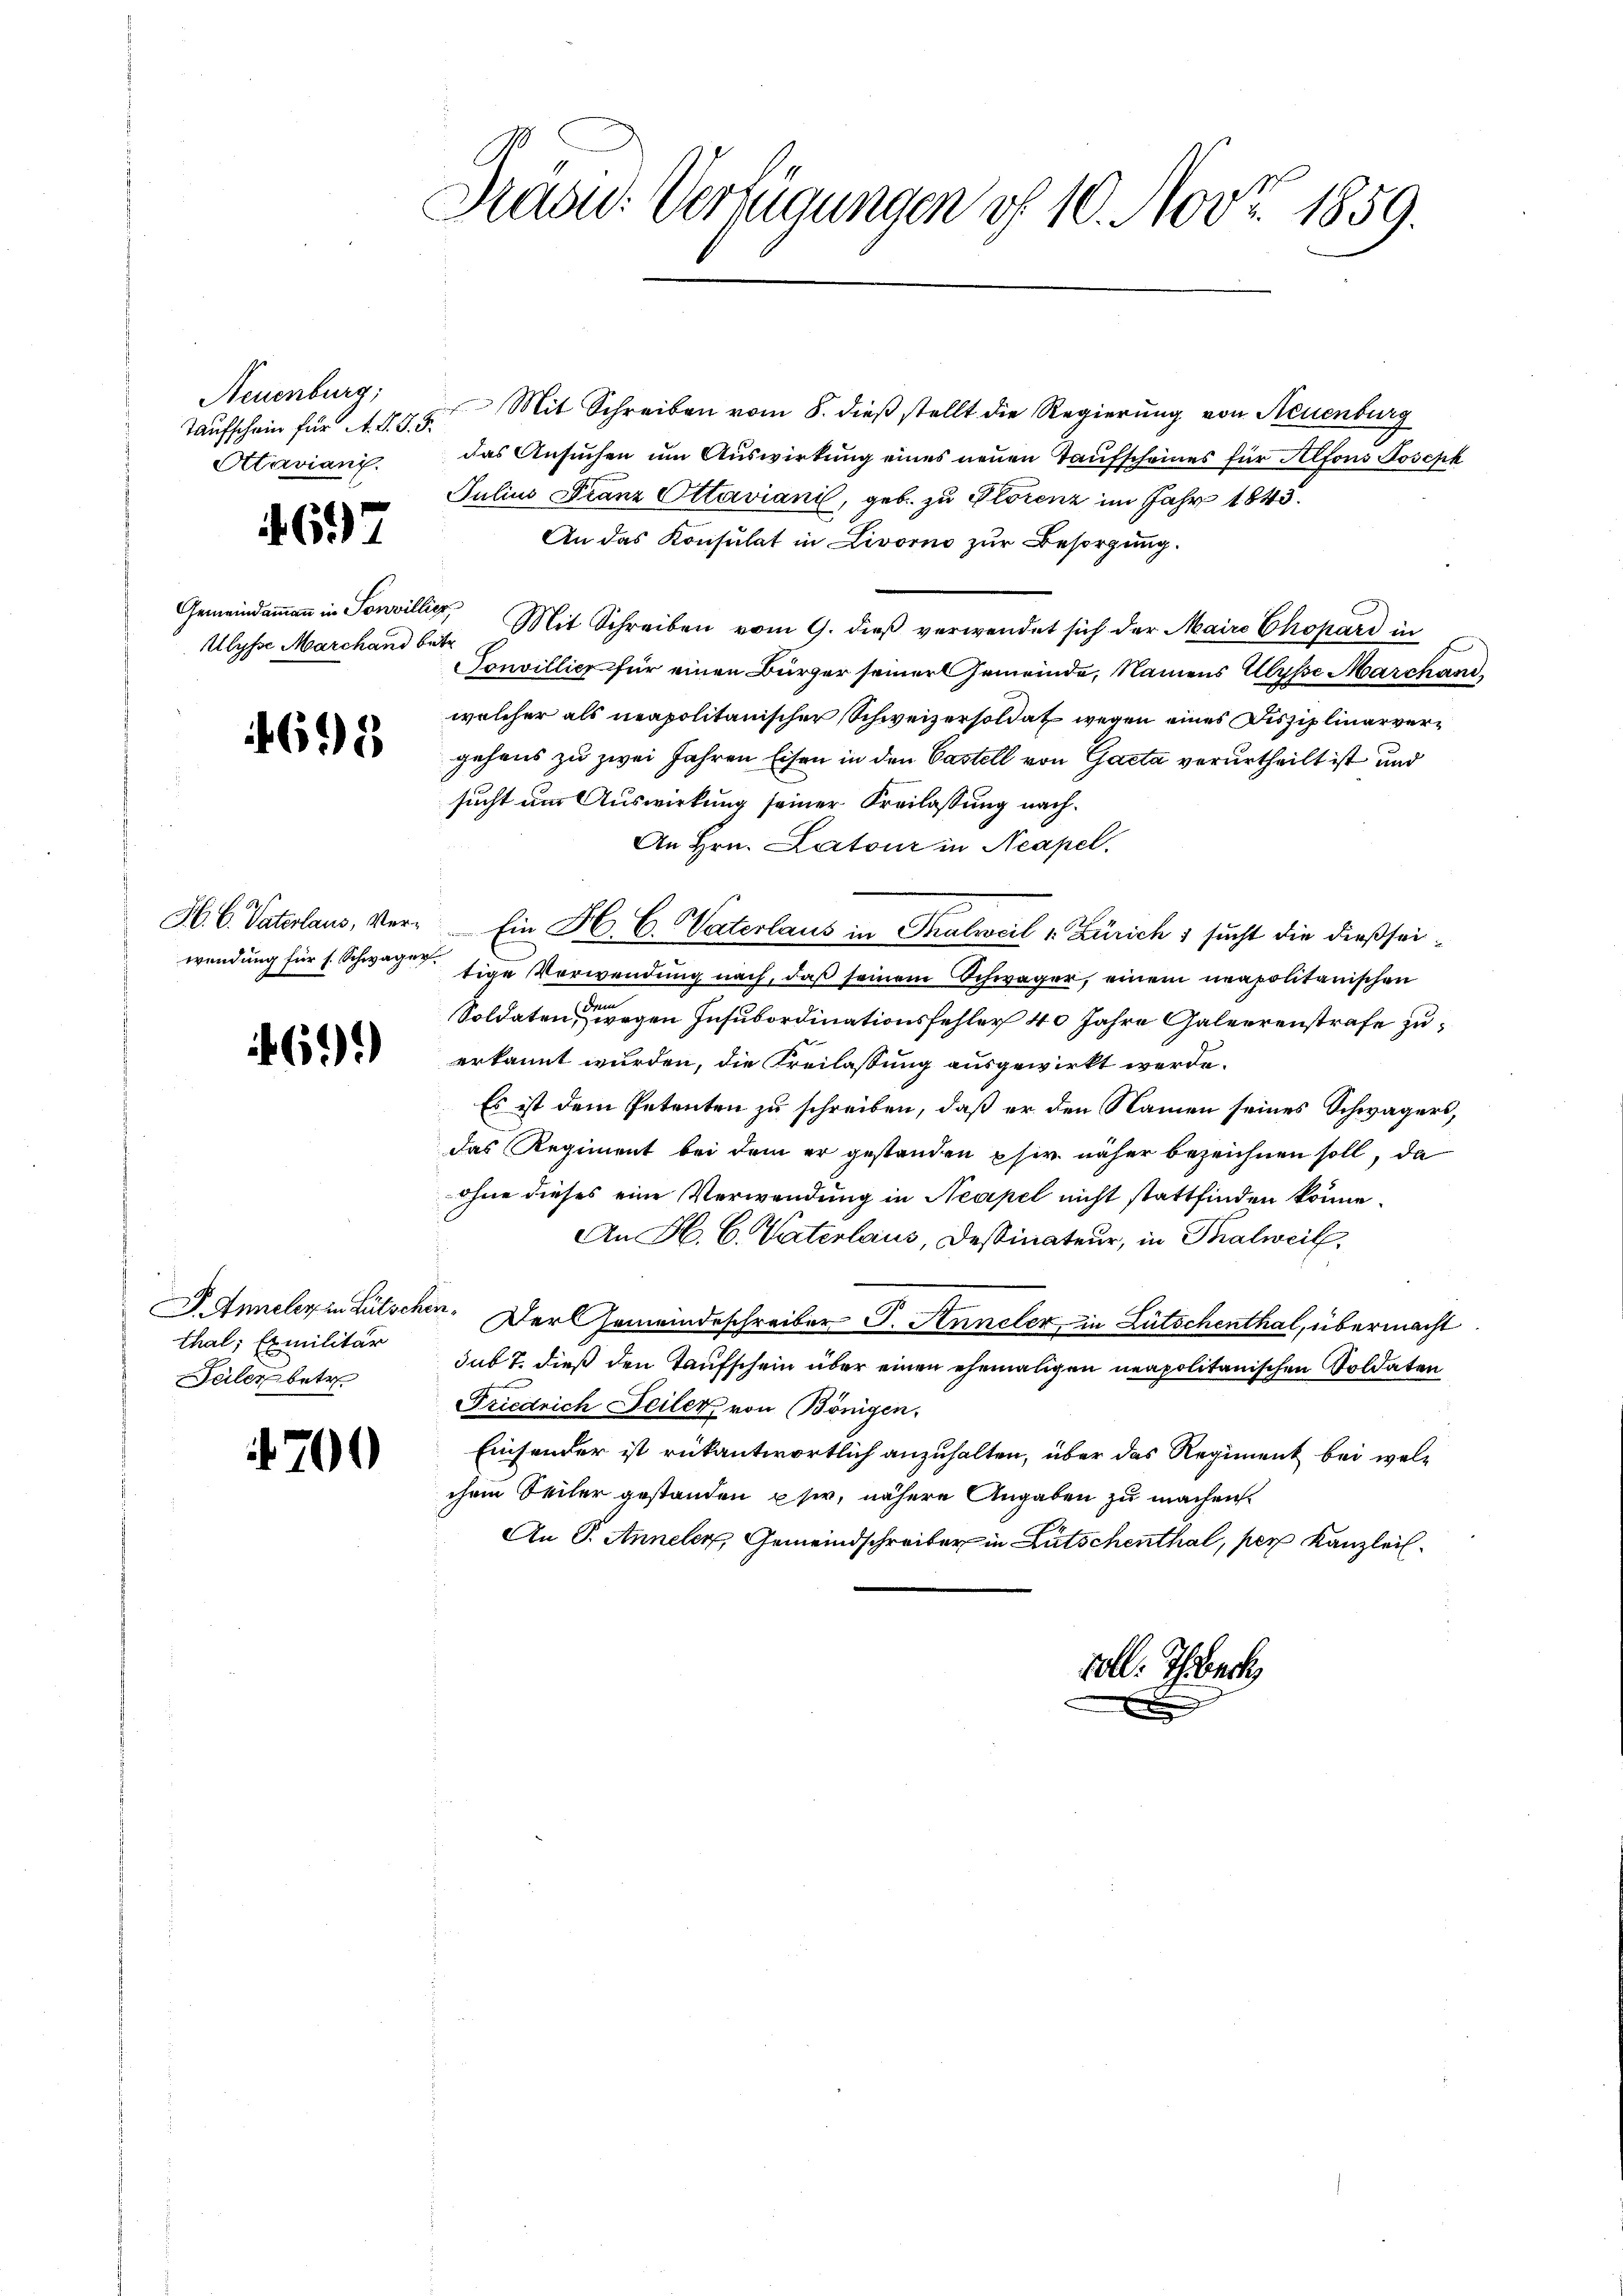
Taufschein für A. S. S. 5.
Attaviani.

697

Gemeindammann in Sonvillis

698

H.C. Vaterlaus, Verwendung für s. Schwager

469.

thal, Exmilitär
Seiler betr

4700

Dräte: Verfügungen of 10. Nov. 1859.

Neuenburg: " Mit Schreiben vom 8. dieβ stellt die Regierŭng von Neuenburg
das Ansuchen um Auswirkung eines neuen Taufscheines für Alfons Joseph
Julius Franz Ottaviani, geb. zu Plocenz im Jahr 1843.
An das Konsulat in Livorno zur Besorgung.
ex
Ulyse Marchand bei. Mit Schreiben vom 9. dieß verwendet sich der Maire Chopard in
Sonvillier für einen Bürger seiner Gemeinde, Namens Ulysse Marchandwelcher als neapolitanischer Schweizersoldat wegen eines Disziplinarvergehens zu zwei Jahren Eisen in den Castell von Gacta verurtheilt ist und
sucht um Auswirkung seiner Freilassung nach¬
An Hrn. Latour in Neapel.
Ein H. C. Vaterlaus in Thalweil v. Zürich & sucht die dießseitige Verwendung nach, daß seinem Schwager, einem neapolitanischen
Soldaten, wegen Insubordinationsfehler 40 Jahre Galeerenstrafe zuerkannt wurden, die Freilassung ausgewirkt werde.
Es ist dem Petenten zu schreiben, daß er den Namen seines Schwägers,
das Regiment bei dem er gestanden phir näher bezeichnen soll, da
ohne dieses eine Verwendung in Neapel nicht stattfinden könne.
An H. C. Vaterlaus, Dessinateur, in Thalweil
J. Anneler in Lütschen. Der Gemeindeschreiber J. Anneler in Lütschenthal, übermacht
sub 7. dieß den Taufschein über einen ehemaligen neapolitanischen Soldaten
Friedrich Teilen, von Bönigen.
Einsonder ist rükantwortlich anzuhalten, über das Regiment bei welchem Seiler gestanden sie, nähere Angaben zu machen.
An P. Annelen, Gemeindschreiber in Litschenthal, per Kanzleil¬

voll. Thier